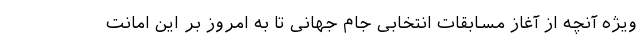
ویژه آنچه از آغاز مسابقات انتخابی جام جهانی تا به امروز بر این امانت